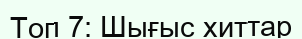
Топ 7: Шығыс хиттар